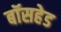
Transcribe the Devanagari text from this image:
बॉसहेड